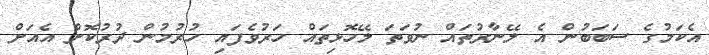
އެކަމުގެ ސަބަބުން އެ ލޭނާރުތައް ނުވަތަ ލޭހޮޅިތައް ހަރުވެފައި ހުރުމުން ދުރުކޮށް އެއަށް